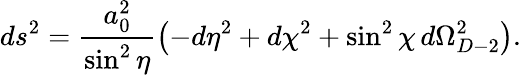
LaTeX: ds^{2}=\frac{a_{0}^{2}}{\sin^{2}\eta}\left(-d\eta^{2}+d\chi^{2}+\sin^{2}\chi\, d\Omega_{D-2}^{2}\right).